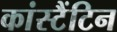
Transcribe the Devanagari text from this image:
कांस्टैंटिन